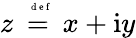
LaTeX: z\stackrel{\mathrm{~\tiny~{~d~e~f~}~}}{=}x+\mathrm{i}y